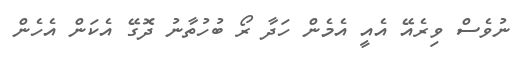
ނުވެސް ވިރެއޭ އެއީ އެމެން ހަދާ ރޯ ބުހުތާނު ދޮގޭ އެކަން އެހެން